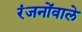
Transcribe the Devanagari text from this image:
रंजनोंवाले